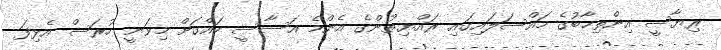
ރިޔާސީ އިންތިޚާބުގެ މައްސަލައިގައި ރައްޔިތުންގެ އެންމެ އަސާސީ ހައްގަށް މިވަނީ ހުރަސް އެޅިފަ